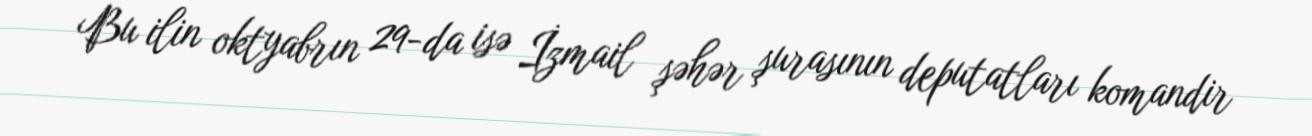
Bu ilin oktyabrın 29-da isə İzmail şəhər şurasının deputatları komandir